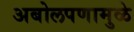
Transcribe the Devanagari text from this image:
अबोलपणामुळे